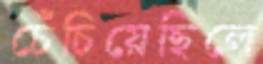
চেঁচিয়েছিলে